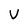
Character: V